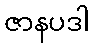
ဇာနပဒါ